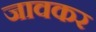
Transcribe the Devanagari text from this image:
जावकर